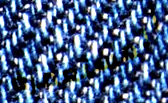
المستعمرة